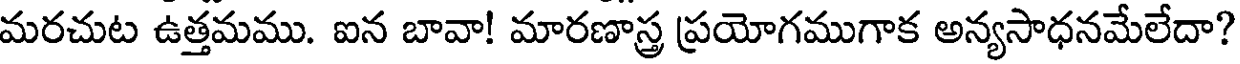
మరచుట ఉత్తమము. ఐన బావా! మారణాస్త్ర ప్రయోగముగాక అన్యసాధనమేలేదా?